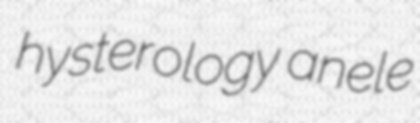
hysterology anele